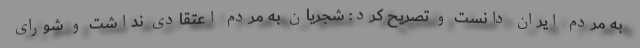
به مردم ایران دانست و تصریح کرد: شجریان به مردم اعتقادی نداشت و شورای